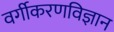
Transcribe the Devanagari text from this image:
वर्गीकरणविज्ञान